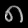
Digit: ၈